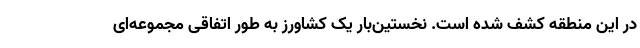
در این منطقه کشف شده است. نخستین‌بار یک کشاورز به طور اتفاقی مجموعه‌ای